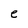
Character: e